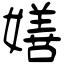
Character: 嫸